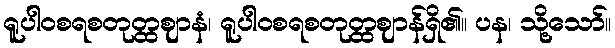
ရူပါဝစရစတုတ္ထဈာနံ၊ ရူပါဝစရစတုတ္ထဈာန်ရှိ၏။ ပန၊ သို့သော်။